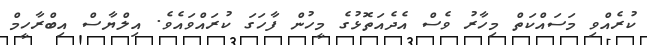
ކުރެއްވި މަސައްކަތް މިހާރު ވެސް އެދެއަތޮޅުގެ މީހުން ފާހަގަ ކުރައްވައެވެ. އިލްޔާސް އިބްރާހީމް